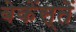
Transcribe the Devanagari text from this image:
बेकेंस्तें